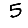
Digit: 5